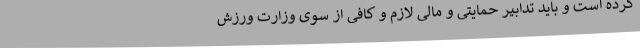
کرده است و باید تدابیر حمایتی و مالی لازم و کافی از سوی وزارت ورزش